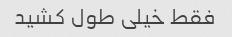
فقط خیلی طول کشید